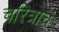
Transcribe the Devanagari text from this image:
चरित्राचं